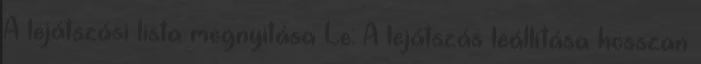
A lejátszási lista megnyitása Le: A lejátszás leállítása hosszan